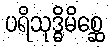
ပရိသုဒ္ဓိမိစ္ဆေ